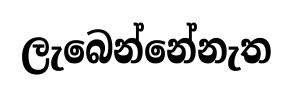
ලැබෙන්නේනැත